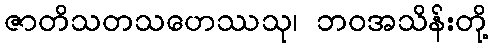
ဇာတိသတသဟေဿသု၊ ဘဝအသိန်းတို့